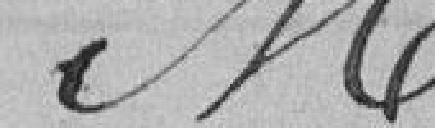
Monchot